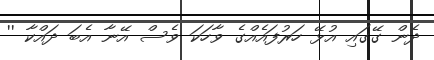
ދެން ގޭގައި އުޅޭ ހަރުފައެއްގެ ވާހަކަ ވެސް އޭނާ އެބަ ދައްކާ ''